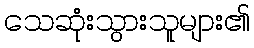
သေဆုံးသွားသူများ၏